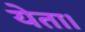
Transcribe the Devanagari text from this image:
येता।